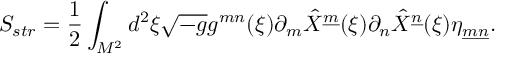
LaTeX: S _ { s t r } = { \frac { 1 } { 2 } } \int _ { { \cal M } ^ { 2 } } d ^ { 2 } \xi \sqrt { - g } g ^ { m n } ( \xi ) \partial _ { m } \hat { X } ^ { \underline { { { m } } } } ( \xi ) \partial _ { n } \hat { X } ^ { \underline { { { n } } } } ( \xi ) \eta _ { \underline { { { m } } } \underline { { { n } } } } .